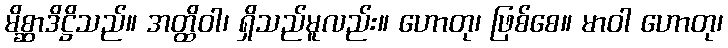
မိစ္ဆာဒိဋ္ဌိသည်။ အတ္ထိဝါ၊ ရှိသည်မူလည်း။ ဟောတု၊ ဖြစ်စေ။ မာဝါ ဟောတု၊